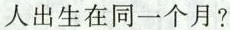
人出生在同一个月?